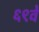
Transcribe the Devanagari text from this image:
६९वे